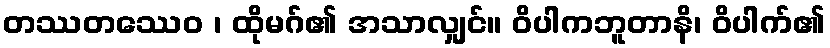
တဿတဿေဝ ၊ ထိုမဂ်၏ အသာလျှင်။ ဝိပါကဘူတာနိ၊ ဝိပါက်၏